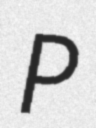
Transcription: P